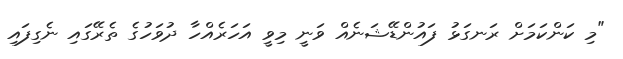
"މި ކަންކަމަށް ރަނގަޅު ފައުންޑޭޝަނެއް ވަނީ މިވީ އަހަރެއްހާ ދުވަހުގެ ތެރޭގައި ނެގިފައި